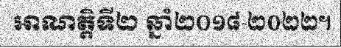
អាណត្តិទី២ ឆ្នាំ២០១៨-២០២២។